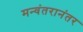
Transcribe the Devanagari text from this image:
मन्वंतरानंतर